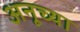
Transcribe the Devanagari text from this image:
अनूच्या